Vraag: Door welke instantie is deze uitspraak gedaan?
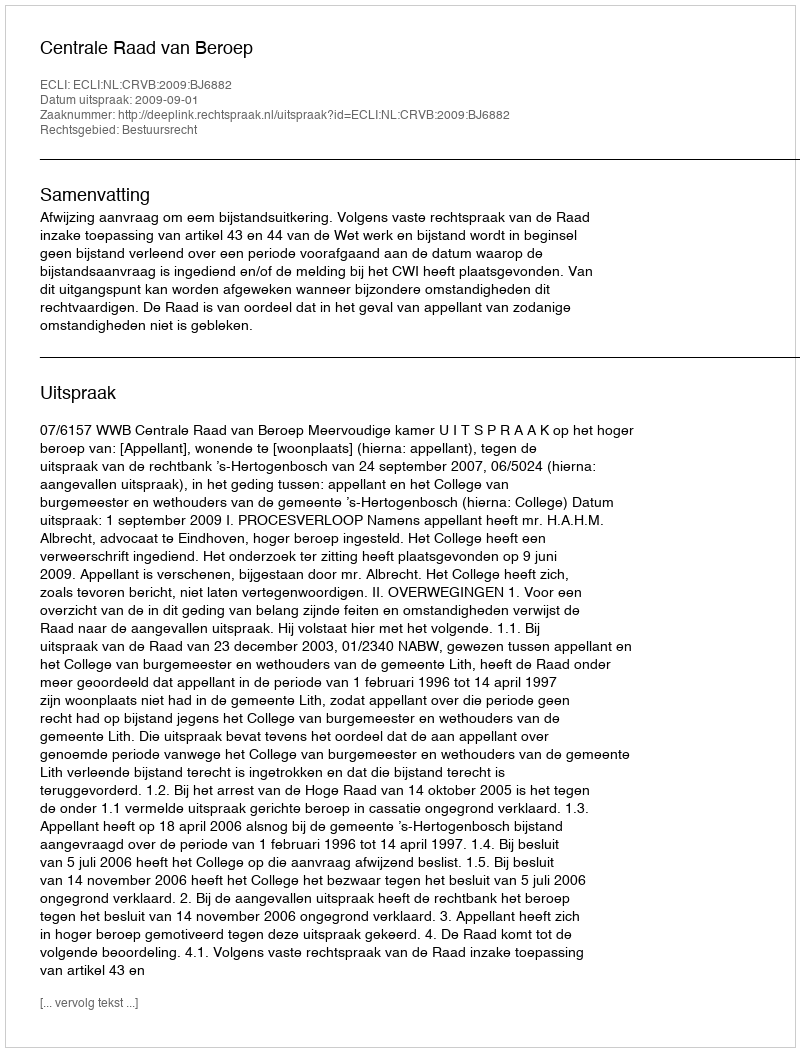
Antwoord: Centrale Raad van Beroep